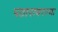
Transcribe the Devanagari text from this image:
पठारावरल्या